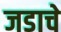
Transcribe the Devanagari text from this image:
जडाचे